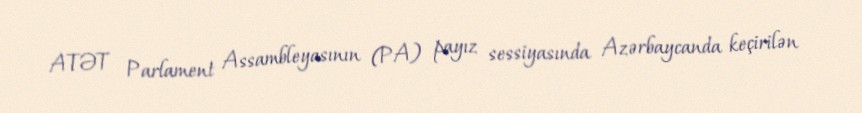
ATƏT Parlament Assambleyasının (PA) payız sessiyasında Azərbaycanda keçirilən